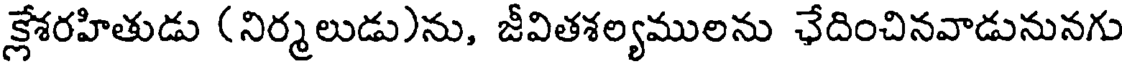
క్లేశరహితుడు (నిర్మలుడు)ను, జీవితశల్యములను ఛేదించినవాడునునగు